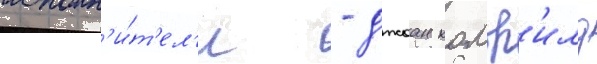
исполн'и́т'ел'и - джоан колф'илд